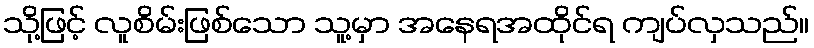
သို့ဖြင့် လူစိမ်းဖြစ်သော သူ့မှာ အနေရအထိုင်ရ ကျပ်လှသည်။